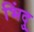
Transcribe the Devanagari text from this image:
भिंदु